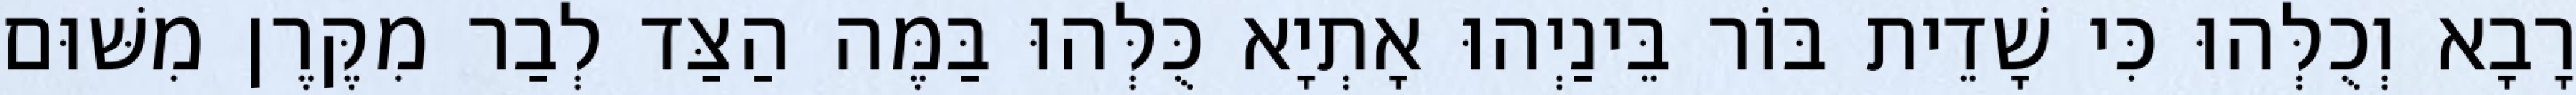
רָבָא וְכֻלְּהוּ כִּי שָׁדֵית בּוֹר בֵּינַיְהוּ אָתְיָא כֻּלְּהוּ בַּמֶּה הַצַּד לְבַר מִקֶּרֶן מִשּׁוּם